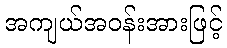
အကျယ်အဝန်းအားဖြင့်